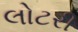
લોટરી